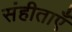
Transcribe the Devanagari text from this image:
संहीताएँ